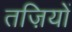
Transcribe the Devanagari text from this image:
तज़ियों